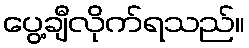
ပွေ့ချီလိုက်ရသည်။